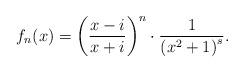
LaTeX: \begin{align*} f_{n}(x)=\left(\frac{x-i}{x+i}\right)^{n}\cdot\frac{1}{\left(x^2+1\right)^{s}}.\end{align*}